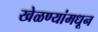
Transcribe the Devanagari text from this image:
खेळण्यांमधून